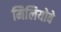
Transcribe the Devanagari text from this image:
मिलियोवे